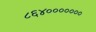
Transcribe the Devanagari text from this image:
८६४०००००००